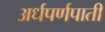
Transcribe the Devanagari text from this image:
अर्धपर्णपाती